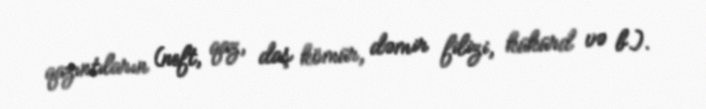
qazıntıların (neft, qaz, daş kömür, dəmir filizi, kükürd və b.).